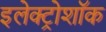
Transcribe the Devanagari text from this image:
इलेक्ट्रोशॉक